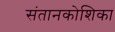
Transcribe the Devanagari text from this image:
संतानकोशिका